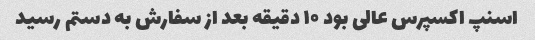
اسنپ اکسپرس عالی بود ۱۰ دقیقه بعد از سفارش به دستم رسید